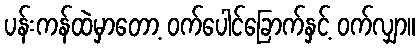
ပန်းကန်ထဲမှာတော့ ဝက်ပေါင်ခြောက်နှင့် ဝက်လျှာ။